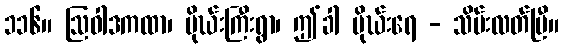
၁၁၆။ ဩဝါဒကထာ၊ မိုဃ်းကြီးရွာ၊ ဤခါ မိုဃ်းရေ - သိမ်းလတ်ပြီ။